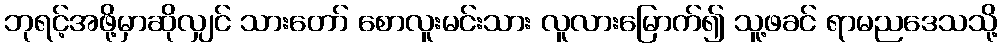
ဘုရင့်အဖို့မှာဆိုလျှင် သားတော် စောလူးမင်းသား လူလားမြောက်၍ သူ့ဖခင် ရာမညဒေသသို့